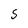
Character: S